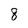
Character: 8